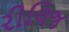
રીલિજ